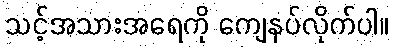
သင့်အသားအရေကို ကျေနပ်လိုက်ပါ။